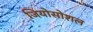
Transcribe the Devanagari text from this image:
जियोसोशल